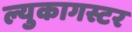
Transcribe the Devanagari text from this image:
ल्युकागस्टर